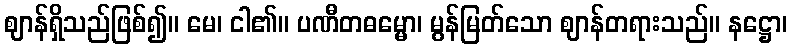
ဈာန်ရှိသည်ဖြစ်၍။ မေ၊ ငါ၏။ ပဏီတဓမ္မော၊ မွန်မြတ်သော ဈာန်တရားသည်။ နဋ္ဌော၊